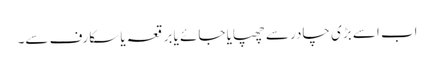
اب اسے بڑی چادر سے چھپایا جائے یا برقعہ یا سکارف سے۔